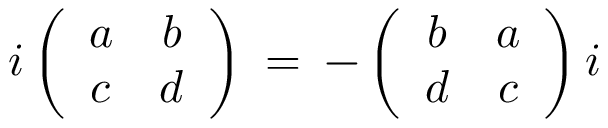
i \left( \begin{array} { c c } { { a } } & { { b } } \\ { { c } } & { { d } } \end{array} \right) \: = \: - \left( \begin{array} { c c } { { b } } & { { a } } \\ { { d } } & { { c } } \end{array} \right) i